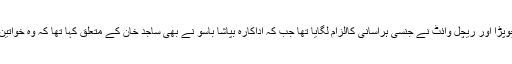
ساجد خان پر خاتون صحافی، اداکارہ سلونی چوپڑا اور ریچل وائٹ نے جنسی ہراسانی کاالزام لگایا تھا جب کہ اداکارہ بپاشا باسو نے بھی ساجد خان کے متعلق کہا تھا کہ وہ خواتین کے ساتھ واہیات مذاق کرنے کے عادی ہیں۔